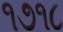
૧૭૧૮